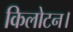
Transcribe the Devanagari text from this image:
किलोटन।